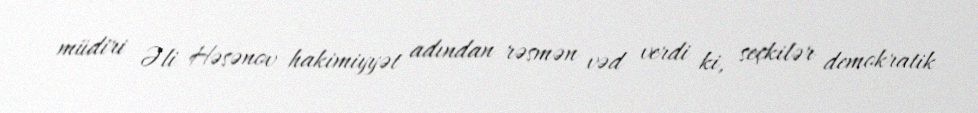
müdiri Əli Həsənov hakimiyyət adından rəsmən vəd verdi ki, seçkilər demokratik